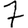
Digit: 7